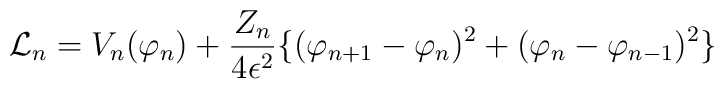
{\cal L}_n=V_n(\varphi_n)+\frac{Z_n}{4\epsilon^2}\{(\varphi_{n+1}-\varphi_n)^2+(\varphi_n-\varphi_{n-1})^2\}